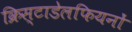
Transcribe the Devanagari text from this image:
क्रिस्टाडेलफियनों